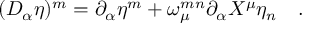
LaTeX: ( D _ { \alpha } \eta ) ^ { m } = \partial _ { \alpha } \eta ^ { m } + \omega _ { \mu } ^ { m n } \partial _ { \alpha } X ^ { \mu } \eta _ { n } \quad .